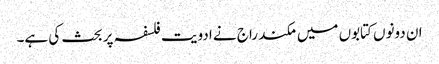
ان دونوں کتابوں میں مکند راج نے ادویت فلسفہ پر بحث کی ہے۔